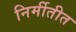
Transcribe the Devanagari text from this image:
निर्मीतीत